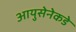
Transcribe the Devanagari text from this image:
आयुसेनेकडे